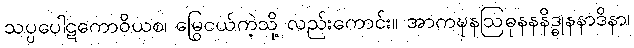
သပ္ပပေါဋကောဝိယစ၊ မြွေငယ်ကဲ့သို့ လည်းကောင်း။ အာကဍ္ဎနဩဓုနနနိဒ္ဓုနနာဒိနာ၊